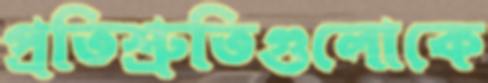
প্রতিশ্রুতিগুলোকে